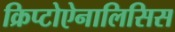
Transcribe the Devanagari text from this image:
क्रिप्टोऐनालिसिस